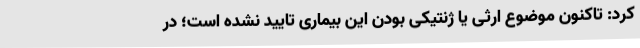
کرد: تاکنون موضوع ارثی یا ژنتیکی بودن این بیماری تایید نشده است؛ در